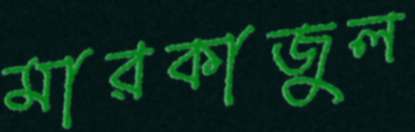
মারকাজুল